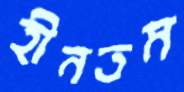
হীনতম